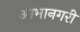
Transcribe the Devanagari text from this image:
आभानगरी